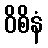
ဝိစိနံ